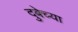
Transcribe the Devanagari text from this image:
दुबेच्या